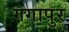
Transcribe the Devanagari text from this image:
गगापुर